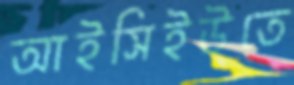
আইসিইউতে